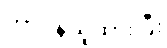
တာဝန်ယူထားပြီး